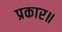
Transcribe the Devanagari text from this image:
प्रकार॥